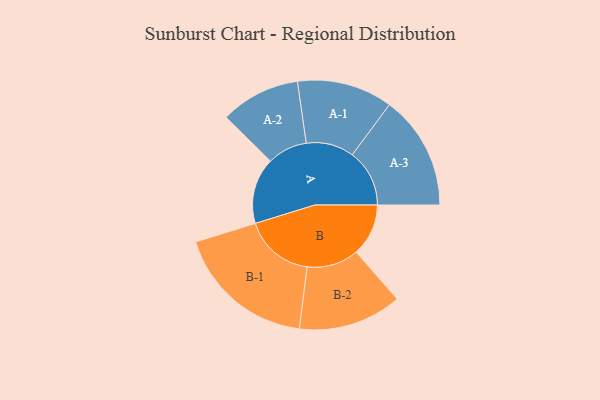
{"axis": {"x": "Segment", "y": "Value"}, "legend": ["", "A", "B"], "data": [{"x": "A", "y": 268, "type": ""}, {"x": "B", "y": 212, "type": ""}, {"x": "A-1", "y": 194, "type": "A"}, {"x": "A-2", "y": 162, "type": "A"}, {"x": "A-3", "y": 232, "type": "A"}, {"x": "B-1", "y": 285, "type": "B"}, {"x": "B-2", "y": 210, "type": "B"}]}